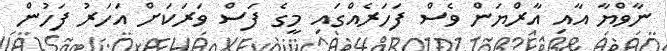
ނާވްޔާ އާއި އާރްޔަން ވެސް ފަހަރެއްގައި މީގެ ފަސް ވަރަކަށް އަހަރު ފަހުން